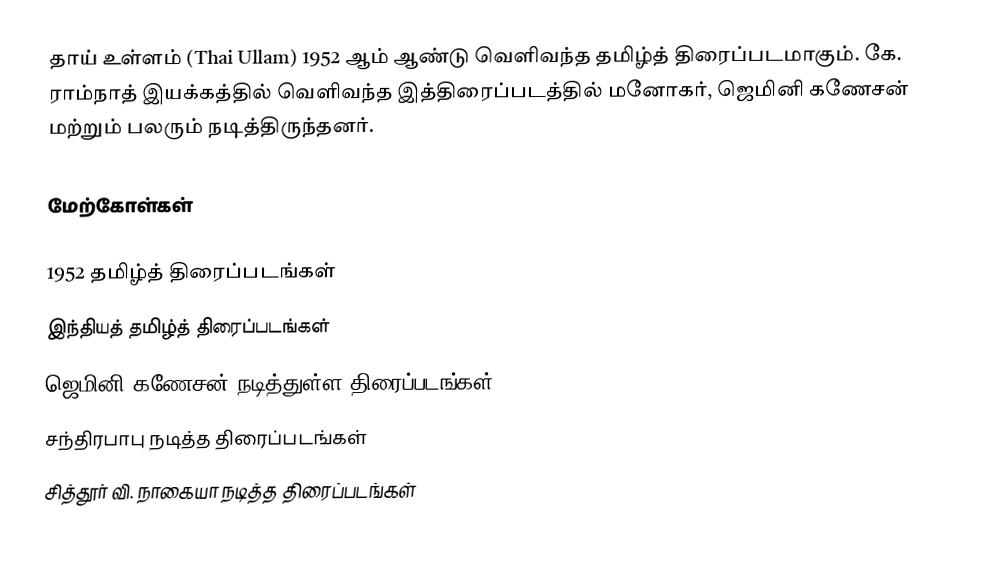
தாய் உள்ளம் (Thai Ullam) 1952 ஆம் ஆண்டு வெளிவந்த தமிழ்த் திரைப்படமாகும். கே. ராம்நாத் இயக்கத்தில் வெளிவந்த இத்திரைப்படத்தில் மனோகர், ஜெமினி கணேசன் மற்றும் பலரும் நடித்திருந்தனர்.

மேற்கோள்கள்

1952 தமிழ்த் திரைப்படங்கள்
இந்தியத் தமிழ்த் திரைப்படங்கள்
ஜெமினி கணேசன் நடித்துள்ள திரைப்படங்கள்
சந்திரபாபு நடித்த திரைப்படங்கள்
சித்தூர் வி. நாகையா நடித்த திரைப்படங்கள்